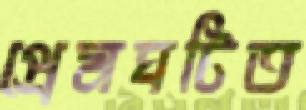
প্রেমঘটিত